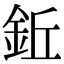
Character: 𫒒